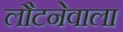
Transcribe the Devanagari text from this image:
लौटनेवाला